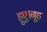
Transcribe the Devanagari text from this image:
हुए।नूह